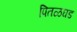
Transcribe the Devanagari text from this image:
पितळघड